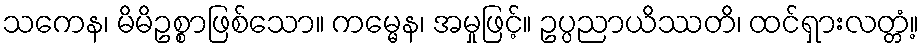
သကေန၊ မိမိဥစ္စာဖြစ်သော။ ကမ္မေန၊ အမှုဖြင့်။ ဥပ္ပညာယိဿတိ၊ ထင်ရှားလတ္တံ့။